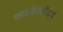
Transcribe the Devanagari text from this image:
काश्मीरसौंदर्य